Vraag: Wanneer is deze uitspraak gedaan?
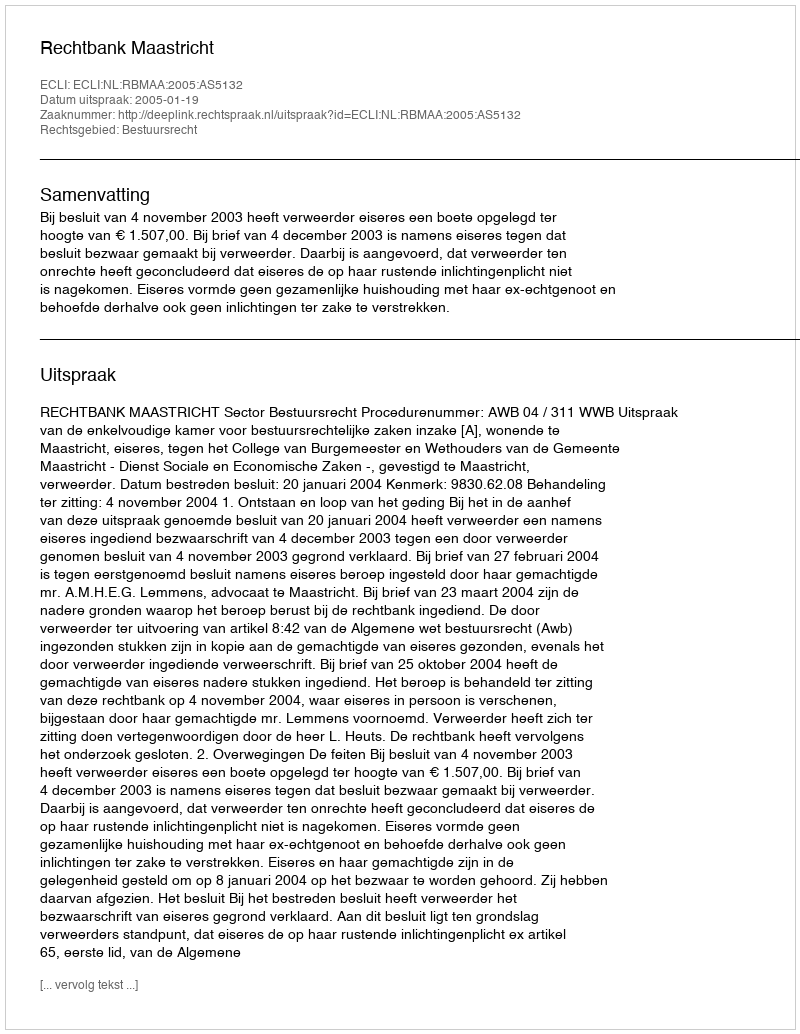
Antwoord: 2005-01-19